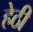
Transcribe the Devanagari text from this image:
हेठी